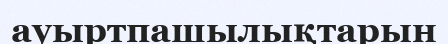
ауыртпашылықтарын